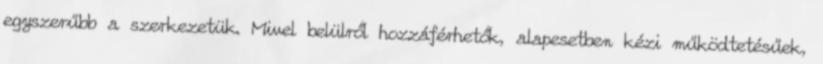
egyszerűbb a szerkezetük. Mivel belülről hozzáférhetők, alapesetben kézi működtetésűek,